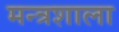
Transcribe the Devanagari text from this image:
मन्त्रशाला